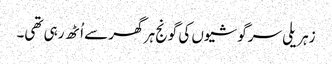
زہریلی سرگوشیوں کی گونج ہر گھر سے اُٹھ رہی تھی۔